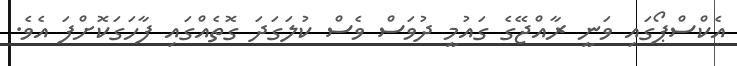
އެކްސްޕޯގައި ވަނީ ރާއްޖޭގެ ގައުމީ ދުވަސް ވެސް ކުލަގަދަ ގޮތެއްގައި ފާހަގަކޮށްފަ އެވެ.